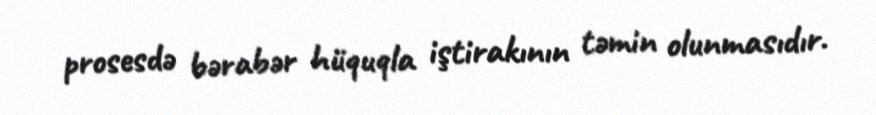
prosesdə bərabər hüquqla iştirakının təmin olunmasıdır.